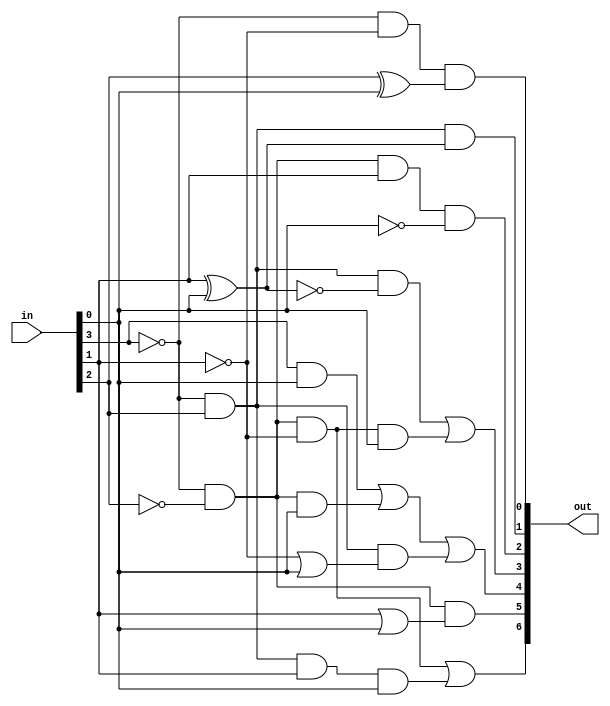
module bcdToSevSeg(out, in);
	output [6:0] out;
	input  [3:0] in;
	
	wire A = in[3], B = in[2], C =in[1], D = in[0];
	
	assign out[0] = (~A&~C)&(B^D);
	assign out[1] = (~A&B)&(C^D);
	assign out[2] = (~A&~B&C&~D);
	assign out[3] = (~A&B&~(C^D))|(~A&~B&~C&D);
	assign out[4] = (A&D) | (~A&~B&D) | (~A&B&(~C|D));
	assign out[5] = (~A&~B)&(C|D);
	assign out[6] = (~A&~B&~C)|(~A&B&C&D);
endmodule

module bcdComparator(out, in);
	output out;
	input  [3:0] in;
	wire   [4:0] diff;
	
	assign diff = 5'b01001-{1'b0, in};
	assign out =  diff[4];
endmodule

module cktA(out, in);
	output [2:0] out;
	input  [2:0] in;
	
	assign out = {(in[2]&~in[1])^in[2] , ~in[1], in[0]};
endmodule

module cktB(out, in);
	output [6:0] out;
	input  in;
	
	// 'in' is the output of comparator. 1 means 1, 0 means 0.
	assign out = {1'b1, in, in, in, 1'b0, 1'b0, in};
endmodule
	
module fourMux2(out, in1, in0, s);
	output [3:0] out;
	input  [3:0] in1, in0;
	input  s;
	
	wire   [3:0] xS = {4{s}};
	assign out = (~xS&in0) | (xS&in1);
endmodule

module main(HEX1, HEX0, SW);
	output [6:0] HEX1, HEX0;
	input  [3:0] SW;
	
	wire   [3:0] muxOut;
	wire   [2:0] cktAOut;
	wire   compOut;
	
	bcdComparator BCOMP0(compOut, SW[3:0]);
	cktA CKA0(cktAOut, SW[2:0]);
	cktB CKB0(HEX1, compOut);
	fourMux2 MUX0(muxOut, {1'b0 ,cktAOut}, SW[3:0], compOut);
	bcdToSevSeg BCD0(HEX0, muxOut);
endmodule